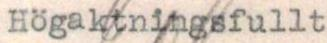
Högaktningsfullt